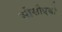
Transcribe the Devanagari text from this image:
सीसीएबी